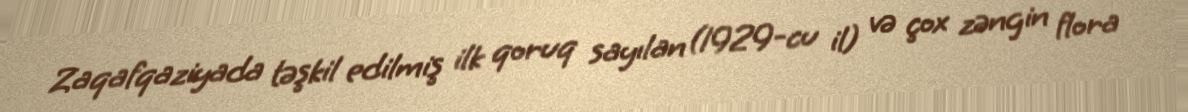
Zaqafqaziyada təşkil edilmiş ilk qoruq sayılan (1929-cu il) və çox zəngin flora